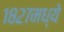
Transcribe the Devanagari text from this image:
१८२७मध्ये